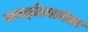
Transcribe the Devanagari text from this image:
समझोत्यानंतर